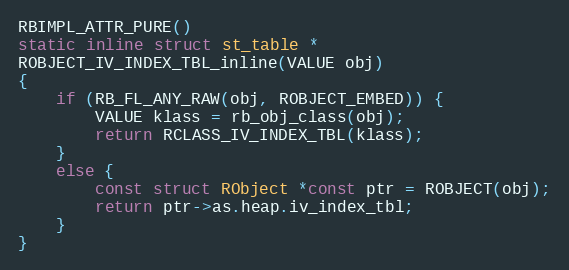
Language: C
RBIMPL_ATTR_PURE()
static inline struct st_table *
ROBJECT_IV_INDEX_TBL_inline(VALUE obj)
{
    if (RB_FL_ANY_RAW(obj, ROBJECT_EMBED)) {
        VALUE klass = rb_obj_class(obj);
        return RCLASS_IV_INDEX_TBL(klass);
    }
    else {
        const struct RObject *const ptr = ROBJECT(obj);
        return ptr->as.heap.iv_index_tbl;
    }
}